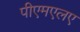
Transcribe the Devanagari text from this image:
पीएमएलए